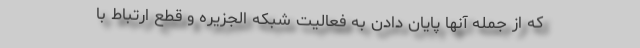
که از جمله آنها پایان دادن به فعالیت شبکه الجزیره و قطع ارتباط با